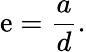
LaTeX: \mathrm{e}={\frac{{a}}{{d}}}.